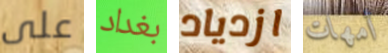
على بغداد ازدياد أمهات